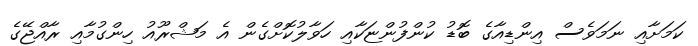
ކަމަށާއި ނަމަވެސް އިންޑިއާގެ ބޮޑު ކުންފުންޏަކާއި ހަވާލުކޮށްގެން އެ މަޝްރޫއު ހިންގުމާއި ރާއްޖޭގެ